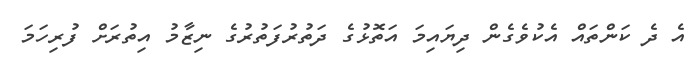
އެ ދެ ކަންތައް އެކުވެގެން ދިޔައިމަ އަތޮޅުގެ ދަތުރުފަތުރުގެ ނިޒާމު އިތުރަށް ފުރިހަމަ